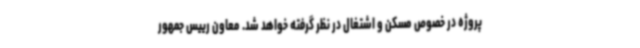
پروژه در خصوص مسکن و اشتغال در نظر گرفته خواهد شد. معاون رییس جمهور